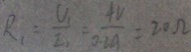
R _ { 1 } = \frac { U _ { 1 } } { I _ { 1 } } = \frac { 4 V } { 0 . 2 A } = 2 0 \Omega